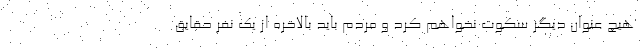
هیچ عنوان دیگر سکوت نخواهم کرد و مردم باید بالاخره از یک نفر حقایق